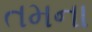
તમના